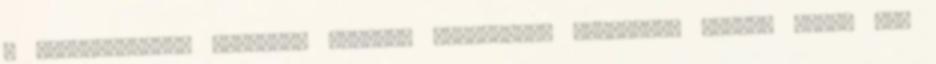
a Hajnalhasadás könyvet? E-mail: cirmanella gmail.com Kérlek küldd már